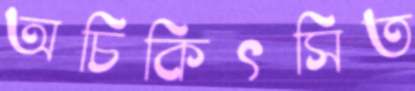
অচিকিৎসিত